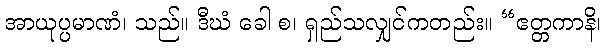
အာယုပ္ပမာဏံ၊ သည်။ ဒီဃံ ခေါ စ၊ ရှည်သလျှင်ကတည်း။ “ဧတ္တကာနိ၊